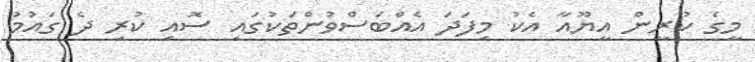
މީގެ ކުރީން އީޔޫއާ އެކު މިފަދަ އެއްބަސްވުންތަކުގައި ސޮއި ކުރި ދެ ގައުމު